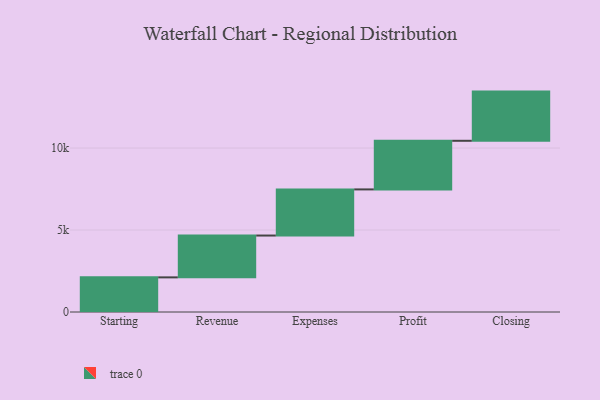
{"axis": {"x": "Step", "y": "Value"}, "legend": [""], "data": [{"x": "Starting", "y": 2112.0, "type": ""}, {"x": "Revenue", "y": 2551.0, "type": ""}, {"x": "Expenses", "y": 2813.0, "type": ""}, {"x": "Profit", "y": 2965.0, "type": ""}, {"x": "Closing", "y": 3000, "type": ""}]}